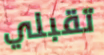
تقبلي